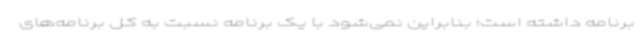
برنامه داشته است؛ بنابراین نمی‌شود با یک برنامه نسبت به کل برنامه‌های